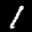
Label: 1